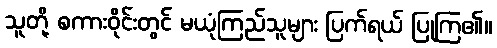
သူတို့ စကားဝိုင်းတွင် မယုံကြည်သူများ ပြက်ရယ် ပြုကြ၏။